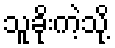
သူခိုးကဲ့သို့